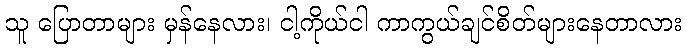
သူ ပြောတာများ မှန်နေလား၊ ငါ့ကိုယ်ငါ ကာကွယ်ချင်စိတ်များနေတာလား